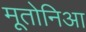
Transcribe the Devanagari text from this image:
मूतोनिआ